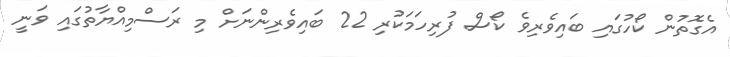
އެގޮތުން ކޯހުގައި ބައިވެރިވެ ކޯސް ފުރިހަމަކުރި 22 ބައިވެރިންނަށް މި ރަސްމިއްޔާތުގައި ވަނީ